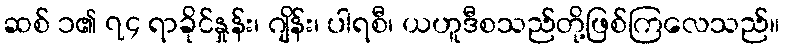
ဆစ် ၁၏ ၇၄ ရာခိုင်နှုန်း၊ ဂျိန်း၊ ပါရစီ၊ ယဟူဒီစသည်တို့ဖြစ်ကြလေသည်။